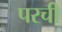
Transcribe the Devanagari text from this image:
परची